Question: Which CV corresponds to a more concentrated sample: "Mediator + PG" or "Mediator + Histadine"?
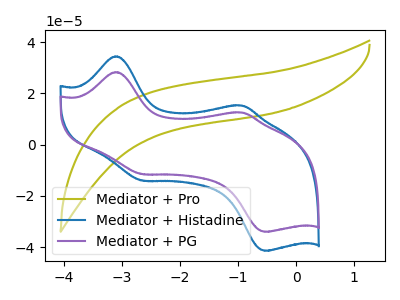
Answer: <think>The olive curve "Mediator + Pro" has no peaks. The blue curve "Mediator + Histadine" has anodic peaks at (-3.10V, 34.50uA) (-0.95V, 15.30uA) and cathodic peaks at (-2.65V, -14.05uA) (-0.55V, -41.45uA). The purple curve "Mediator + PG" has anodic peaks at (-3.10V, 28.35uA) (-0.95V, 12.55uA) and cathodic peaks at (-2.65V, -11.50uA) (-0.55V, -34.05uA).
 All the peaks in "Mediator + PG" have a peak in "Mediator + Histadine" at the same potential. Every peak in "Mediator + PG" is lower than every peak in "Mediator + Histadine".</think>
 <answer>"Mediator + PG" has less signal than "Mediator + Histadine" and so likely has a lower concentration.</answer>
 <eval>less_concentration</eval>